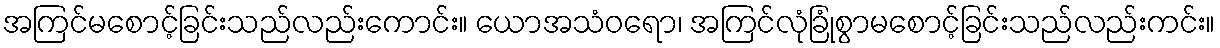
အကြင်မစောင့်ခြင်းသည်လည်းကောင်း။ ယောအသံဝရော၊ အကြင်လုံခြုံစွာမစောင့်ခြင်းသည်လည်းကင်း။